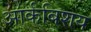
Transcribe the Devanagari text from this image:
आर्कबिशय